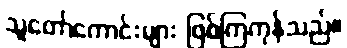
သူတော်ကောင်းများ ဖြစ်ကြကုန်သည်။